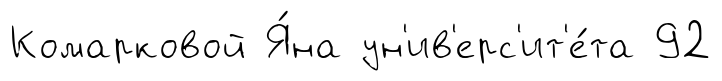
Комарковой Я́на ун'ив'ерс'ит'е́та 92